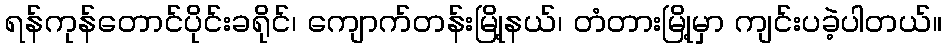
ရန်ကုန်တောင်ပိုင်းခရိုင်၊ ကျောက်တန်းမြို့နယ်၊ တံတားမြို့မှာ ကျင်းပခဲ့ပါတယ်။